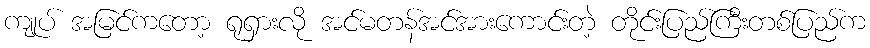
ကျုပ် အမြင်ကတော့ ရုရှားလို အင်မတန်အင်အားကောင်းတဲ့ တိုင်းပြည်ကြီးတစ်ပြည်က